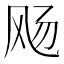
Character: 飏